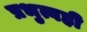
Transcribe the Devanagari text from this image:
प्रभुत्वही